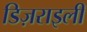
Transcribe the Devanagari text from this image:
डिज़राइली